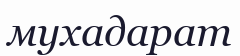
мухадарат